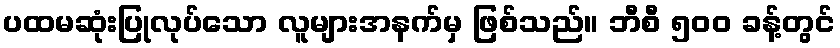
ပထမဆုံးပြုလုပ်သော လူများအနက်မှ ဖြစ်သည်။ ဘီစီ ၅၀၀ ခန့်တွင်